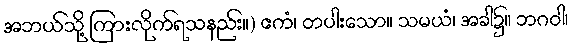
အဘယ်သို့ ကြားလိုက်ရသနည်း။) ဧကံ၊ တပါးသော။ သမယံ၊ အခါ၌။ ဘဂဝါ၊